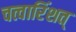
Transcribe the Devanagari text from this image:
चत्वारिंशत्